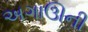
અગાઊની